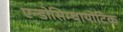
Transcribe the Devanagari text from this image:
एन्डोसिम्बायोटिक